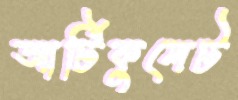
আর্টিকুলেট